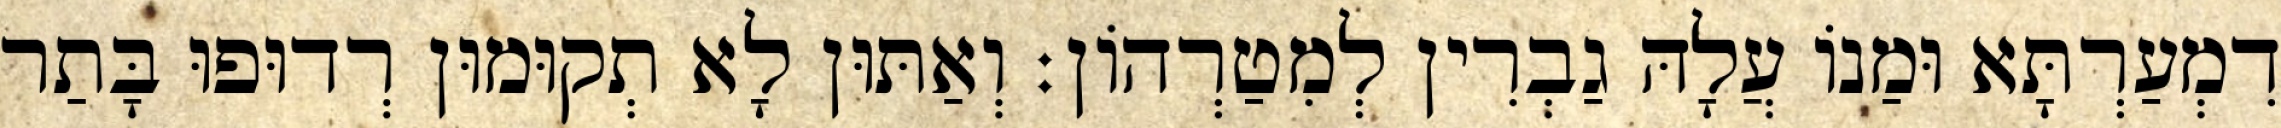
דִמְעַרְתָּא וּמַנוֹ עֲלָהּ גַבְרִין לְמִטַרְהוֹן׃ וְאַתּוּן לָא תְקוּמוּן רְדוּפוּ בָּתַר